Vaccination in Burma 1920-1933 - 1920-1933
Year: 1920
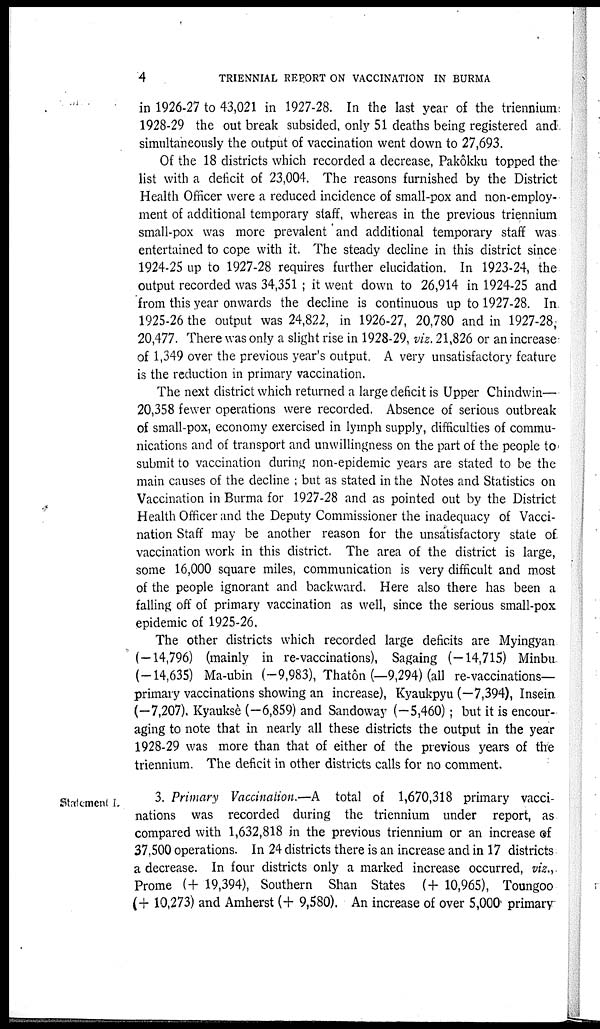
4
TRIENNIAL REPORT ON VACCINATION IN BURMA
in 1926-27 to 43,021 in 1927-28. In the last year of the triennium:
1928-29 the out break subsided, only 51 deaths being registered and
simultaneously the output of vaccination went down to 27,693.
Of the 18 districts which recorded a decrease, Pakôkku topped the
list with a deficit of 23,004. The reasons furnished by the District
Health Officer were a reduced incidence of small-pox and non-employ-
ment of additional temporary staff, whereas in the previous triennium
small-pox was more prevalent and additional temporary staff was
entertained to cope with it. The steady decline in this district since
1924-25 up to 1927-28 requires further elucidation. In 1923-24, the
output recorded was 34,351 ; it went down to 26,914 in 1924-25 and
from this year onwards the decline is continuous up to 1927-28. In
1925-26 the output was 24,822, in 1926-27, 20,780 and in 1927-28,
20,477. There was only a slight rise in 1928-29, viz. 21,826 or an increase
of 1,349 over the previous year's output. A very unsatisfactory feature
is the reduction in primary vaccination.
The next district which returned a large deficit is Upper Chindwin—
20,358 fewer operations were recorded. Absence of serious outbreak
of small-pox, economy exercised in lymph supply, difficulties of commu-
nications and of transport and unwillingness on the part of the people to
submit to vaccination during non-epidemic years are stated to be the
main causes of the decline ; but as stated in the Notes and Statistics on
Vaccination in Burma for 1927-28 and as pointed out by the District
Health Officer and the Deputy Commissioner the inadequacy of Vacci-
nation Staff may be another reason for the unsatisfactory state of
vaccination work in this district. The area of the district is large,
some 16,000 square miles, communication is very difficult and most
of the people ignorant and backward. Here also there has been a
falling off of primary vaccination as well, since the serious small-pox
epidemic of 1925-26.
The other districts which recorded large deficits are Myingyan
(—14,796) (mainly in re-vaccinations), Sagaing (—14,715) Minbu
(-14,635) Ma-ubin (—9,983), Thatôn (—9,294) (all re-vaccinations—
primary vaccinations showing an increase), Kyaukpyu (—7,394), Insein
(-7,207), Kyauksè (—6,859) and Sandoway (-5,460); but it is encour-
aging to note that in nearly all these districts the output in the year
1928-29 was more than that of either of the previous years of the
triennium. The deficit in other districts calls for no comment.
Statement I.
3. Primary Vaccination.—A total of 1,670,318 primary vacci-
nations was recorded during the triennium under report, as
compared with 1,632,818 in the previous triennium or an increase of
37,500 operations. In 24 districts there is an increase and in 17 districts
a decrease. In four districts only a marked increase occurred, viz.,
Prome (+ 19,394), Southern Shan States (+ 10,965), Toungoo
(+ 10,273) and Amherst (+ 9,580). An increase of over 5,000 primary-